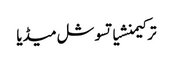
ترکیمنشیاتسوشل میڈیا